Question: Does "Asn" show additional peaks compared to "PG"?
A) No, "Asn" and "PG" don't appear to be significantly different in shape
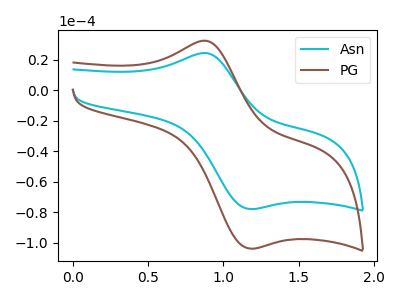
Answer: <think>The cyan curve "Asn" has an anodic peak at (0.90V, 24.35uA) and a cathodic peak at (1.15V, -77.85uA). The brown curve "PG" has an anodic peak at (0.90V, 32.40uA) and a cathodic peak at (1.15V, -103.80uA).
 All the peaks in "Asn" have a peak in "PG" at the same potential. Every peak in "Asn" is lower than every peak in "PG".</think>
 <answer>A) No, "Asn" and "PG" don't appear to be significantly different in shape</answer>
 <eval>A</eval>